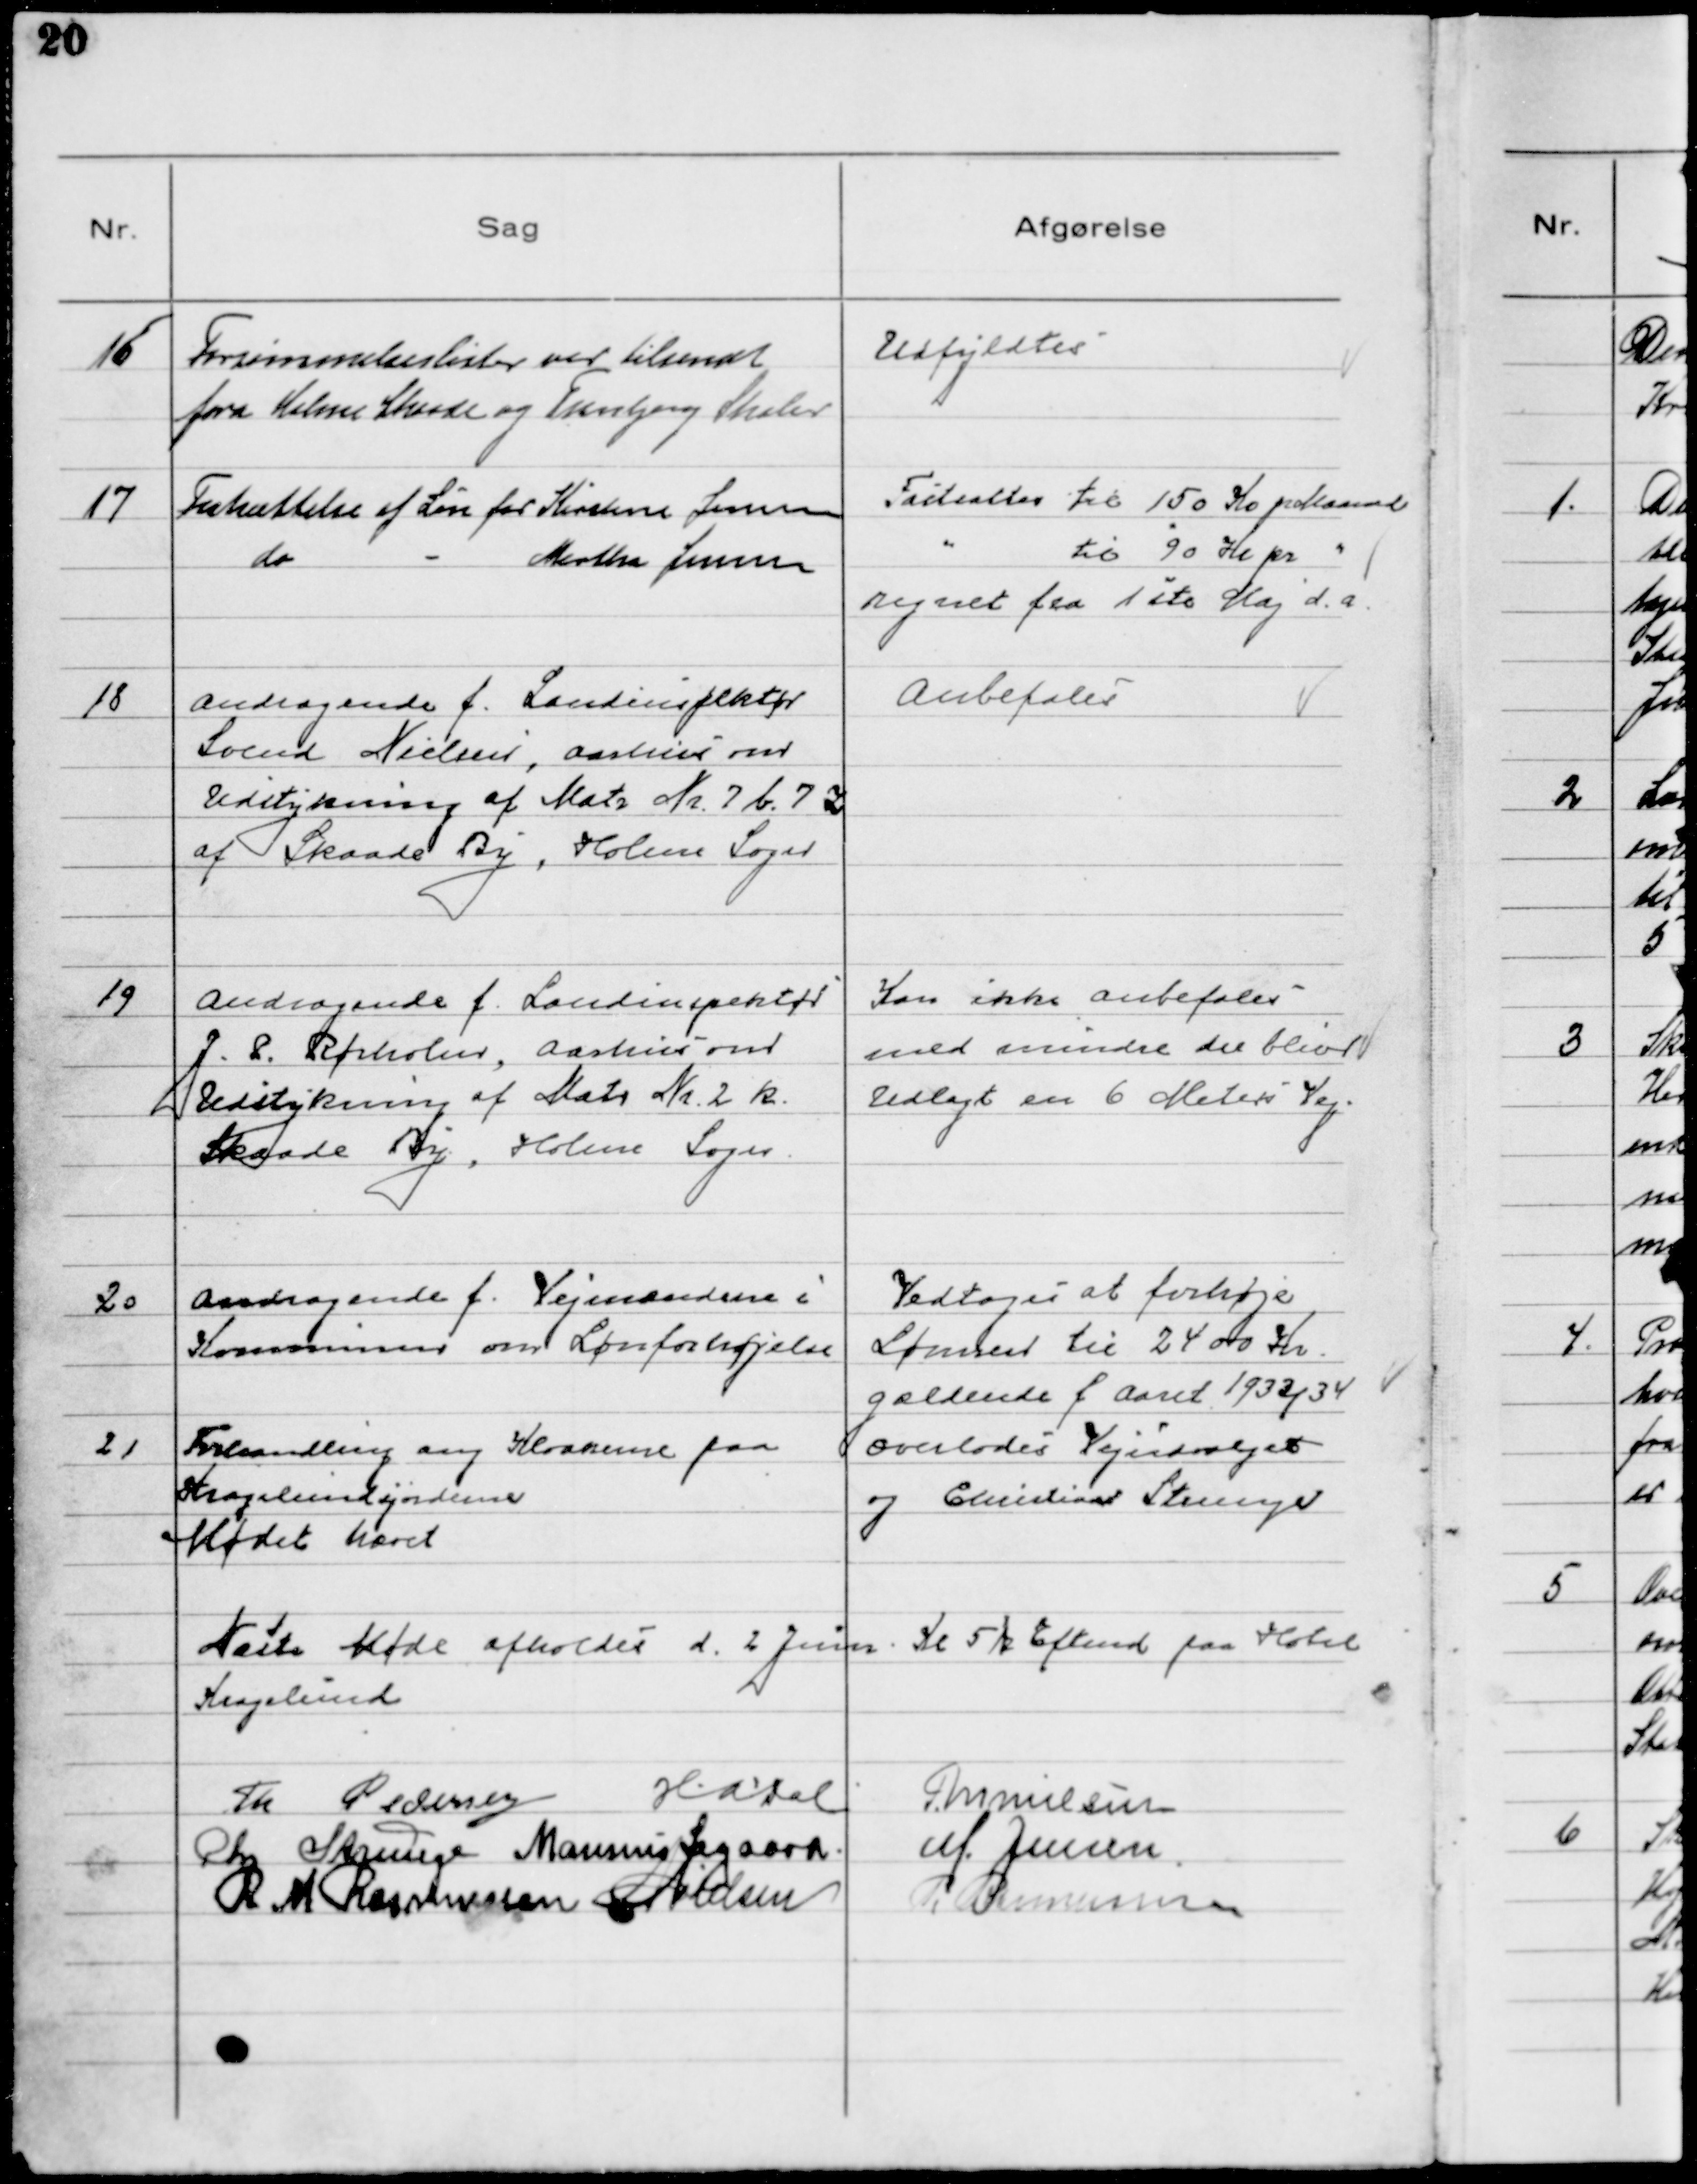
Transskription:
16
Forsømmelseslister var tilsendt
fra Holme Skaade og Tranbjerg Skoler

Udfyldtes

17
Fastsættelse af Løn for Kirstine Jensen
do - Martha Jensen

fastsættes til 150 Kr pr Maaned
" til 90 Kr pr "
regnet fra 1 ste Maj d. a.

18
Andragende f. Landinspektør
Svend Nielsen, Aarhus om
Udstykning af Matr Nr. 7 b. 7 z
af Skaade By, Holme Sogn

Anbefales

19
Andragende f. Landinspektør
J. P. Rørholm, Aarhus om
Udstykning af Matr Nr. 2 k.
Skaade By, Holme Sogn

Kan ikke anbefales
med mindre der bliver
Udlagt en 6 Meters Vej.

20
Andragende f. Vejmændene i
Kommunen om Lønforhøjelse

Vedtoges at forhøje
Lønnen til 2400 Kr.
gældende f Aaret 1933/34

21
Forhandling ang Kloakerne paa
Kragelundsjordene

Overlodes Vejudvalget
og Christian Strunge

Mødet hævet
Næste Møde afholdes d. 2 Juni Kl 5 Eftemd. paa Hotel
Kragelund
Th Pedersen
HADal MNielsen
Chr Strunge Marinus Sigaard M. Jensen
R M Rasmussen NNielsen R Rasmussen